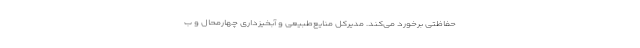
حفاظتی برخورد می‌کند. مدیرکل منایع‌طبیعی و آبخیزداری چهارمحال و ب